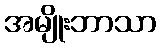
အမျိုးဘာသာ